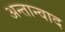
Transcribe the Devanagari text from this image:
अन्तान्वाद